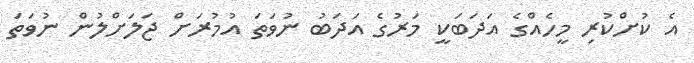
އެ ކުށްކުރި މީހެއްގެ އަދަބަކީ މަރުގެ އަދަބު ނުވަތަ އުމުރަށް ޖަލަށްލުން ނުވަތަ